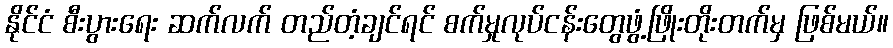
နိုင်ငံ စီးပွားရေး ဆက်လက် တည်တံ့ချင်ရင် စက်မှုလုပ်ငန်းတွေဖွံ့ဖြိုးတိုးတက်မှ ဖြစ်မယ်။